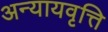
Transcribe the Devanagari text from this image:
अन्यायवृत्ति